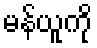
မန်ယူကို